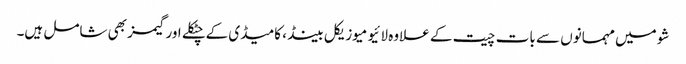
شو میں مہمانوں سے بات چیت کے علاوہ لائیو میوزیکل بینڈ، کامیڈی کےچٹکلے اور گیمز بھی شامل ہیں۔